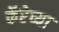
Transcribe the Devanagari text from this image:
कॅरेच्या